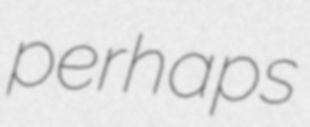
perhaps